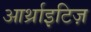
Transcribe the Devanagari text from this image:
आर्थ्राइटिज़